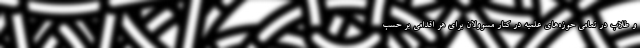
و طلاب در تمامی حوزه‌های علمیه در کنار مسوولان برای هر اقدامی بر حسب